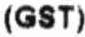
(GST)